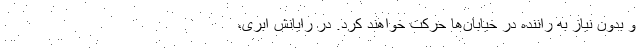
و بدون نیاز به راننده در خیابان‌ها حرکت خواهند کرد. در رایانش ابری،